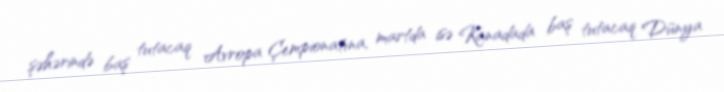
şəhərində baş tutacaq Avropa Çempionatına, martda isə Kanadada baş tutacaq Dünya